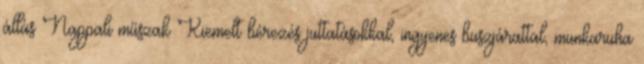
állás Nappali műszak Kiemelt bérezés juttatásokkal, ingyenes buszjárattal, munkaruha